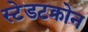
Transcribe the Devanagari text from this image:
स्टेडटक्रोन